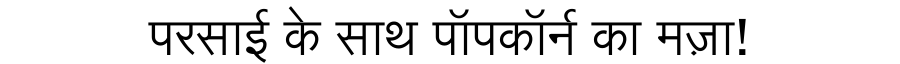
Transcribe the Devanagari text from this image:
परसाई के साथ पॉपकॉर्न का मज़ा!